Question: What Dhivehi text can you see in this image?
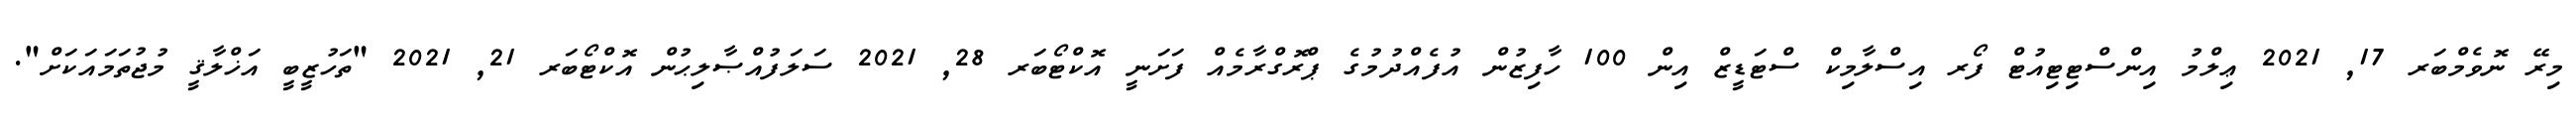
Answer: މިރޭ ނޮވެމްބަރ 17, 2021 ޢިލްމު އިންސްޓިޓިއުޓް ފޯރ އިސްލާމިކް ސްޓަޑީޒް އިން 100 ހާފިޒުން އުފެއްދުމުގެ ޕްރޮގްރާމެއް ފަށަނީ އޮކްޓޯބަރ 28, 2021 ސަލަފުއްޞާލިޙުން އޮކްޓޯބަރ 21, 2021 "ތަހުޒީބީ އަޚްލާޤީ މުޖުތަމައަކަށް".